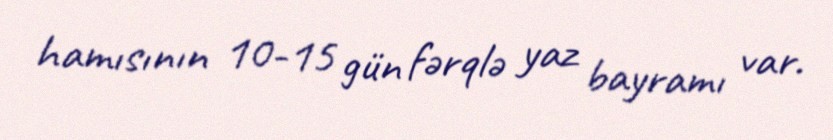
hamısının 10-15 gün fərqlə yaz bayramı var.